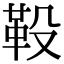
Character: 䩔